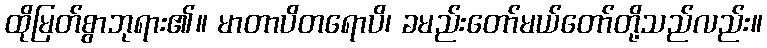
ထိုမြတ်စွာဘုရား၏။ မာတာပိတရောပိ၊ ခမည်းတော်မယ်တော်တို့သည်လည်း။